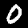
Label: 0